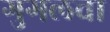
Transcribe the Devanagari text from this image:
गुगलचा